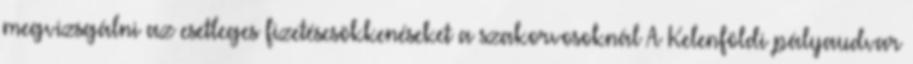
megvizsgálni az esetleges fizetéscsökkenéseket a szakorvosoknál A Kelenföldi pályaudvar